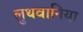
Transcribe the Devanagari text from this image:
लुथवानिया